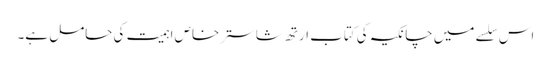
اس سلسے میں چانکیہ کی کتاب ارتھ شاستر خاص اہمیت کی حامل ہے۔